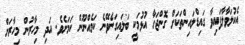
އެކުލަވާލާފައިވާ ގައިޑްލައިންތަކަށް ގޮންޖަހާ އުޅުމަކީ ބަލައިގަނެވޭނެ ކަމެއްނޫން ކަމަށެވެ. އަދި މިހާރުން މިހާރަށް